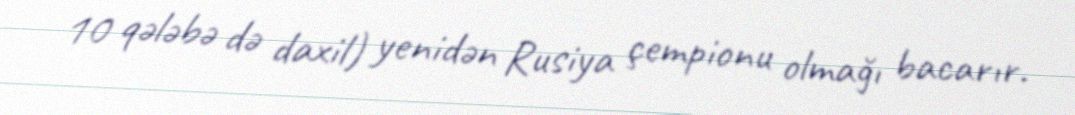
10 qələbə də daxil) yenidən Rusiya çempionu olmağı bacarır.